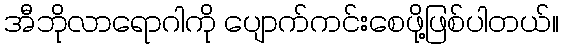
အီဘိုလာရောဂါကို ပျောက်ကင်းစေဖို့ဖြစ်ပါတယ်။